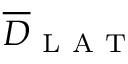
\overline { { D } } _ { \mathrm { ~ L ~ A ~ T ~ } }